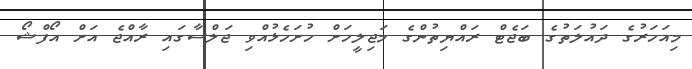
މިއަހަރުގެ ދައުލަތުގެ ބަޖެޓް ރައްޔިތުންގެ މަޖިލީހަށް ހުށަހެޅުއްވި ޖަލްސާގައި ރާއްޖެ އަށް އޯފްޝޯ